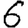
Digit: 6